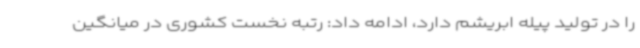
را در تولید پیله ابریشم دارد، ادامه داد: رتبه نخست کشوری در میانگین